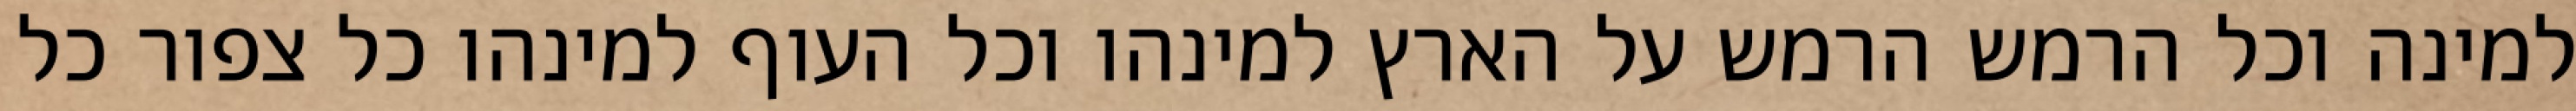
למינה וכל הרמש הרמש על הארץ למינהו וכל העוף למינהו כל צפור כל